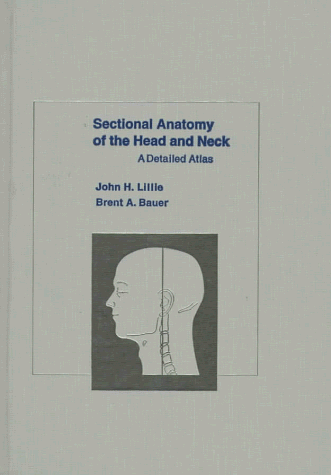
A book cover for Sectional Anatomy of the Head and Neck: A Detailed Atlas; John H. Lillie; Medical Books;